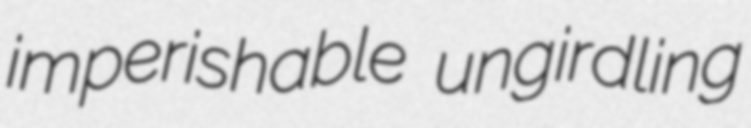
imperishable ungirdling